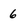
Character: 6